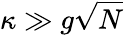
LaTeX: \kappa\gg g\sqrt{N}